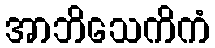
အာဘိသေကိကံ